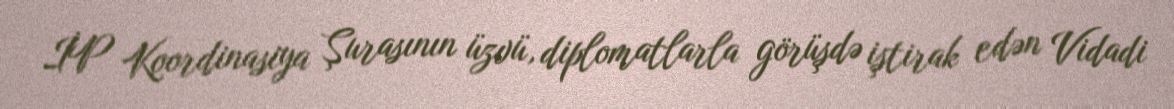
İP Koordinasiya Şurasının üzvü, diplomatlarla görüşdə iştirak edən Vidadi